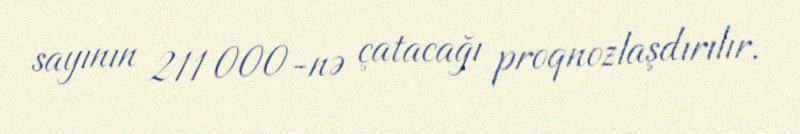
sayının 211 000-nə çatacağı proqnozlaşdırılır.